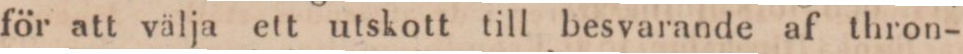
för att välja ett utskott till besvarande af thron-